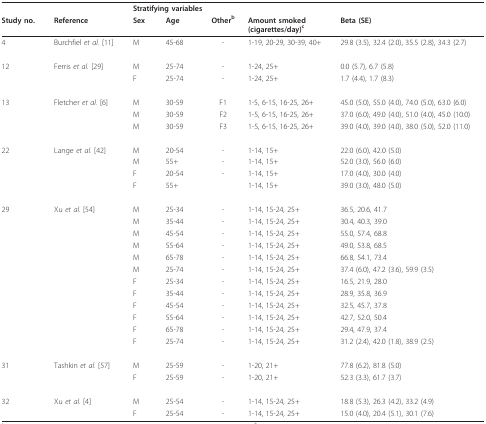
<table><thead><tr><td></td><td></td><td colspan="3"><b>Stratifying variables</b></td><td></td><td></td></tr><tr><td><b>Study no.</b></td><td><b>Reference</b></td><td><b>Sex</b></td><td><b>Age</b></td><td><b>Other<sup>b</sup></b></td><td><b>Amount smoked(cigarettes/day)<sup>c</sup></b></td><td><b>Beta (SE)</b></td></tr></thead><tbody><tr><td>4</td><td>Burchfiel <i>et al. </i>[11]</td><td>M</td><td>45-68</td><td>-</td><td>1-19, 20-29, 30-39, 40+</td><td>29.8 (3.5), 32.4 (2.0), 35.5 (2.8), 34.3 (2.7)</td></tr><tr><td>12</td><td>Ferris <i>et al. </i>[29]</td><td>M</td><td>25-74</td><td>-</td><td>1-24, 25+</td><td>0.0 (5.7), 6.7 (5.8)</td></tr><tr><td></td><td></td><td>F</td><td>25-74</td><td>-</td><td>1-24, 25+</td><td>1.7 (4.4), 1.7 (8.3)</td></tr><tr><td>13</td><td>Fletcher <i>et al. </i>[6]</td><td>M</td><td>30-59</td><td>F1</td><td>1-5, 6-15, 16-25, 26+</td><td>45.0 (5.0), 55.0 (4.0), 74.0 (5.0), 63.0 (6.0)</td></tr><tr><td></td><td></td><td>M</td><td>30-59</td><td>F2</td><td>1-5, 6-15, 16-25, 26+</td><td>37.0 (6.0), 49.0 (4.0), 51.0 (4.0), 45.0 (10.0)</td></tr><tr><td></td><td></td><td>M</td><td>30-59</td><td>F3</td><td>1-5, 6-15, 16-25, 26+</td><td>39.0 (4.0), 39.0 (4.0), 38.0 (5.0), 52.0 (11.0)</td></tr><tr><td>22</td><td>Lange <i>et al. </i>[42]</td><td>M</td><td>20-54</td><td>-</td><td>1-14, 15+</td><td>22.0 (6.0), 42.0 (5.0)</td></tr><tr><td></td><td></td><td>M</td><td>55+</td><td>-</td><td>1-14, 15+</td><td>52.0 (3.0), 56.0 (6.0)</td></tr><tr><td></td><td></td><td>F</td><td>20-54</td><td>-</td><td>1-14, 15+</td><td>17.0 (4.0), 30.0 (4.0)</td></tr><tr><td></td><td></td><td>F</td><td>55+</td><td></td><td>1-14, 15+</td><td>39.0 (3.0), 48.0 (5.0)</td></tr><tr><td>29</td><td>Xu <i>et al. </i>[54]</td><td>M</td><td>25-34</td><td>-</td><td>1-14, 15-24, 25+</td><td>36.5, 20.6, 41.7</td></tr><tr><td></td><td></td><td>M</td><td>35-44</td><td>-</td><td>1-14, 15-24, 25+</td><td>30.4, 40.3, 39.0</td></tr><tr><td></td><td></td><td>M</td><td>45-54</td><td>-</td><td>1-14, 15-24, 25+</td><td>55.0, 57.4, 68.8</td></tr><tr><td></td><td></td><td>M</td><td>55-64</td><td>-</td><td>1-14, 15-24, 25+</td><td>49.0, 53.8, 68.5</td></tr><tr><td></td><td></td><td>M</td><td>65-78</td><td>-</td><td>1-14, 15-24, 25+</td><td>66.8, 54.1, 73.4</td></tr><tr><td></td><td></td><td>M</td><td>25-74</td><td>-</td><td>1-14, 15-24, 25+</td><td>37.4 (6.0), 47.2 (3.6), 59.9 (3.5)</td></tr><tr><td></td><td></td><td>F</td><td>25-34</td><td>-</td><td>1-14, 15-24, 25+</td><td>16.5, 21.9, 28.0</td></tr><tr><td></td><td></td><td>F</td><td>35-44</td><td>-</td><td>1-14, 15-24, 25+</td><td>28.9, 35.8, 36.9</td></tr><tr><td></td><td></td><td>F</td><td>45-54</td><td>-</td><td>1-14, 15-24, 25+</td><td>32.5, 45.7, 37.8</td></tr><tr><td></td><td></td><td>F</td><td>55-64</td><td>-</td><td>1-14, 15-24, 25+</td><td>42.7, 52.0, 50.4</td></tr><tr><td></td><td></td><td>F</td><td>65-78</td><td>-</td><td>1-14, 15-24, 25+</td><td>29.4, 47.9, 37.4</td></tr><tr><td></td><td></td><td>F</td><td>25-74</td><td>-</td><td>1-14, 15-24, 25+</td><td>31.2 (2.4), 42.0 (1.8), 38.9 (2.5)</td></tr><tr><td>31</td><td>Tashkin <i>et al. </i>[57]</td><td>M</td><td>25-59</td><td>-</td><td>1-20, 21+</td><td>77.8 (6.2), 81.8 (5.0)</td></tr><tr><td></td><td></td><td>F</td><td>25-59</td><td>-</td><td>1-20, 21+</td><td>52.3 (3.3), 61.7 (3.7)</td></tr><tr><td>32</td><td>Xu <i>et al. </i>[4]</td><td>M</td><td>25-54</td><td>-</td><td>1-14, 15-24, 25+</td><td>18.8 (5.3), 26.3 (4.2), 33.2 (4.9)</td></tr><tr><td></td><td></td><td>F</td><td>25-54</td><td>-</td><td>1-14, 15-24, 25+</td><td>15.0 (4.0), 20.4 (5.1), 30.1 (7.6)</td></tr></tbody></table>